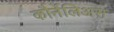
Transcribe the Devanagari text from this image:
कौर्नेलिअस